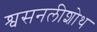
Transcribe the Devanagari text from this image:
श्वसनलीशोथ